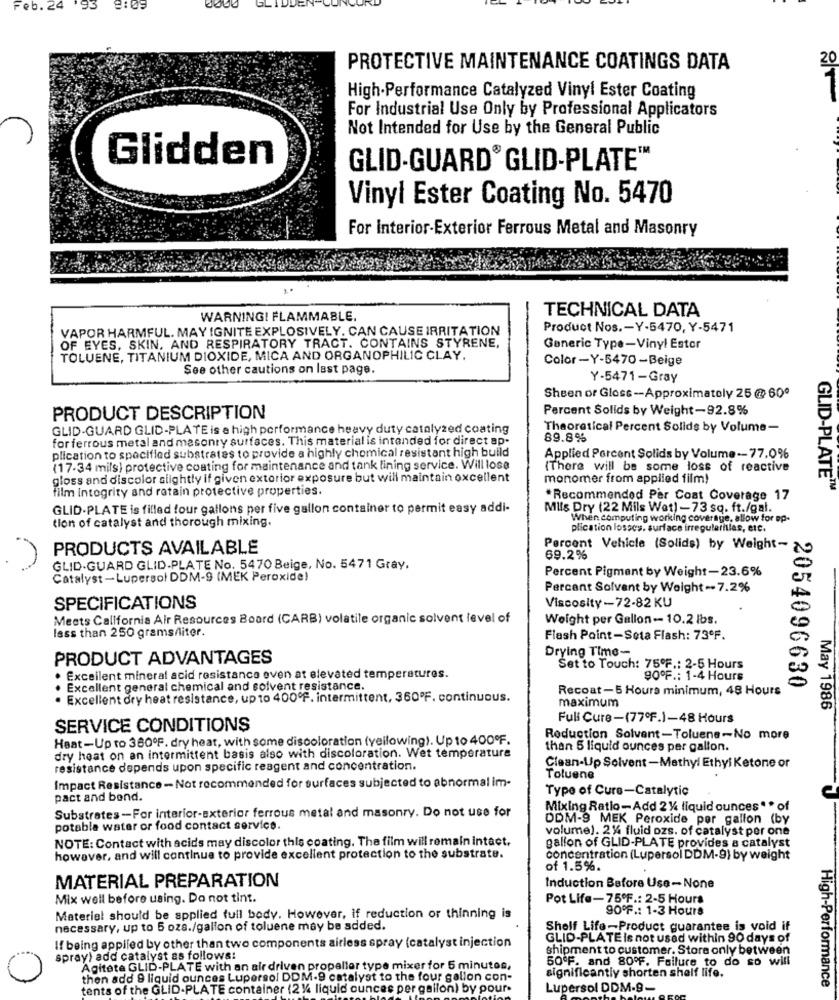
-@0. 24
193
8:05
GLIDDEN
20
PROTECTIVE MAINTENANCE COATINGS DATA
High-Performance Catalyzed Vinyl Ester Coating
For Industrial Use Only by Professional Applicators
Not Intended for Use by the General Public
Glidden
GLID-GUARD® GLID-PLATE
Vinyl Ester Coating No. 5470
For Interior-Exterior Ferrous Metal and Masonry
TECHNICAL DATA
WARNINGI FLAMMABLE.
VAPOR HARMFUL. MAY IGNITE EXPLOSIVELY, CAN CAUSE IRRITATION
Product Nos .- Y-5470, Y-5471
OF EYES, SKIN, AND RESPIRATORY TRACT. CONTAINS STYRENE,
Generic Type-Vinyl Estor
TOLUENE, TITANIUM DIOXIDE, MICA AND ORGANOPHILIC CLAY.
Color -Y-5470 -Beige
See other cautions on last page.
Y-5471-Gray
Sheen or Gloss -- Approximately 25 @ 60º
Percent Solids by Weight-92.8%
PRODUCT DESCRIPTION
GLID-GUARD GLID-PLATE is a high performance heavy duty catalyzed coating
Theoretical Percent Solids by Volume-
for ferrous metal and masonry surfaces. This material is intended for direct ap.
89.8%
plication to specified substrates to provide a highly chemical resistant high build
Applied Percent Solids by Volume -- 77.0%
(17-34 mils) protective coating for maintenance and tank lining service. Will lose
(There will be some loss of reactive
gloss and discolor slightly if given exterior exposure but will maintain excellent
monomer from applied film!
film integrity and retain protective properties.
GLID-PLATE
*Recommended Par Coat Coverage 17
GLID-PLATE is filled four gallons per five gallon container to permit easy addi-
Mils Dry (22 Mils Wet) -73 sq. ft./gal.
tion of catalyst and thorough mixing.
When computing working coverage, allow for op.
plication losses. surface irregularities, etc.
PRODUCTS AVAILABLE
Percent Vehicle (Solids) by Weight-
69.2%
GLID-GUARD GLID.PLATE No. 5470 Beige, No. 5471 Gray.
Percent Pigment by Weight-23.6%
Catalyst-Lupersol DDM-9 (MEK Peroxide)
Percant Sofvant by Weight -. 7.2%
SPECIFICATIONS
Viscosity-72-82 KU
Meets California Air Resources Board (CARB) volatile organic solvent level of
Weight per Gallon -- 10.2 lbs.
less than 250 grams/liter.
Flash Point-Seta Flash: 73ºF.
Drying Time-
PRODUCT ADVANTAGES
Set to Touch: 75ºF .: 2-5 Hours
· Excellent mineral acid resistance even at elevated temperatures.
90ºF .: 1-4 Hours
2054096630
. Excellent general chemical and solvent resistance.
Recoat-5 Hours minimum, 48 Hours
. Excellent dry heat resistance, up to 400ºf. intermittent, 360ºF. continuous.
May 1986
maximum
Full Cure-(77ºF.)-48 Hours
SERVICE CONDITIONS
Haat-Up to 360ºF. dry heat, with some discoloration (yellowing). Up to 400ºF.
Reduction Solvent-Toluene-No more
than 5 liquid ounces per gallon.
dry heat on an intermittent basis also with discoloration. Wet temperature
resistance depends upon specific reagent and concentration.
Clean-Up Solvent -Methyl Ethyl Ketone or
Impact Resistance -Not recommended for surfaces subjected to abnormal im-
Toluene
Type of Cure-Catalytic
pact and bend.
Substrates-For interior-exterior ferrous metal and masonry. Do not use for
Mixing Ratio-Add 214 liquid ounces ** of
DDM-9 MEK Peroxide per gallon (by
potable water or food contact service
volume). 2% fluid ozs. of catalyst per one
NOTE: Contact with acids may discolor this coating. The film will remain intact.
gallon of GLID-PLATE provides a catalyst
however, and will continue to provide excellent protection to the substrate.
concentration (Lupersol DDM-9) by weight
of 1.5%.
MATERIAL PREPARATION
Induction Before Use-None
Mix well before using. Do not tint.
Pot Life-75ºF .: 2-5 Hours
90ºF .: 1-3 Hours
Material should be applied full body. However, if reduction or thinning is
necessary, up to 5 oza./gallon of toluene may be added.
Shelf Life-Product guarantee is void if
GLID-PLATE Is not used within 90 days of
If being applied by other than two components airless spray (catalyst injection
shipment to customer. Store only between
spray) add catalyst as follows:
50ºF. and 80ºF. Failure to do so will
Agitete GLID-PLATE with an air driven propaller type mixer for 5 minutes,
then add 9 liquid ounces Lupersol DDM-9 catalyst to the four golion con-
significantly shorten shelf life.
High-Performance
tents of the GLID-PLATE container (24 liquid ounces per gallon) by pour.
Lupersol DDM-9.